Civil Veterinary Dept. Bombay admin report 1923-31 - 1923-1931
Year: 1923
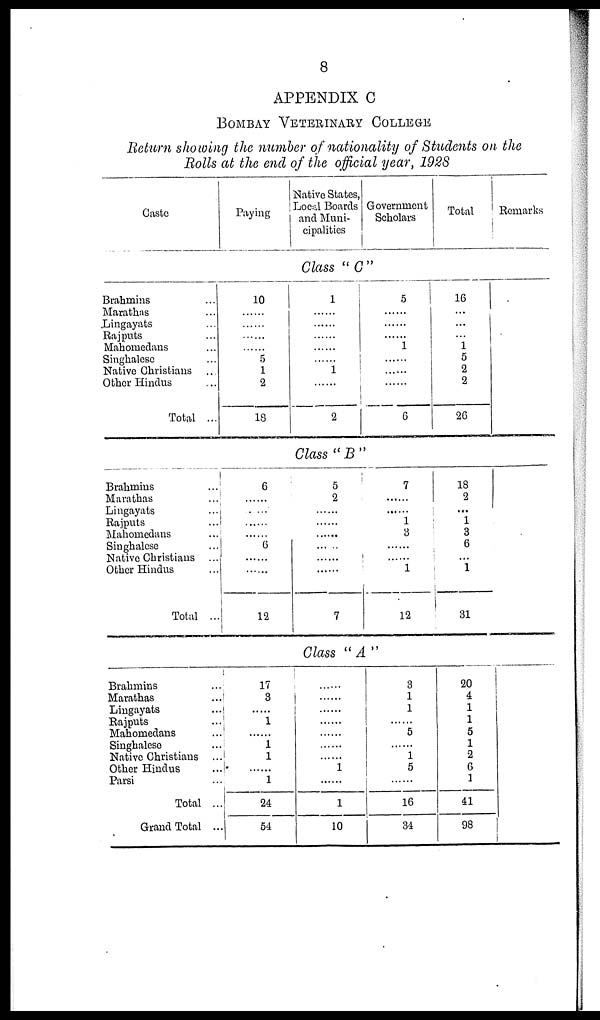
8
APPENDIX C
BOMBAY VETERINARY COLLEGE
Return showing the number of nationality of Students on the
Rolls at the end of the official year, 1928
Caste
Paying
Native States,
Local Boards
and Muni-
cipalities
Government
Scholars
Total
Remarks
Class " C "
Brahmins ...
Marathas ...
Lingayats ...
Rajputs ...
Mahomedans ...
Singhalese ...
Native Christians ...
Other Hindus ...
Total ...
Brahmins ...
Marathas ...
Lingayats ...
Rajputs ...
Mahomedans ...
Singhalese ...
Native Christians ...
Other Hindus ...
Total ...
Brahmins ...
Marathas ...
Lingayats ...
Rajputs ...
Mahomedans ...
Singhalese ...
Native Christians ...
Other Hindus ...
Parsi ...
Total ...
Grand Total ...
10
......
......
......
......
5
1
2
13
6
......
......
......
......
6
......
......
12
17
3
......
1
1
1
1
24
54
1
......
......
1
......
2
5
......
......
......
1
......
......
......
6
Class "B"
5
2
......
......
......
......
......
......
7
7
......
1
3
......
......
1
12
Class "A"
......
......
......
......
......
......
......
1
......
1
10
3
1
1
......
5
......
1
5
......
16
34
16
...
...
...
1
5
2
2
26
18
2
...
1
3
6
...
1
31
20
4
1
1
5
1
2
6
1
41
98